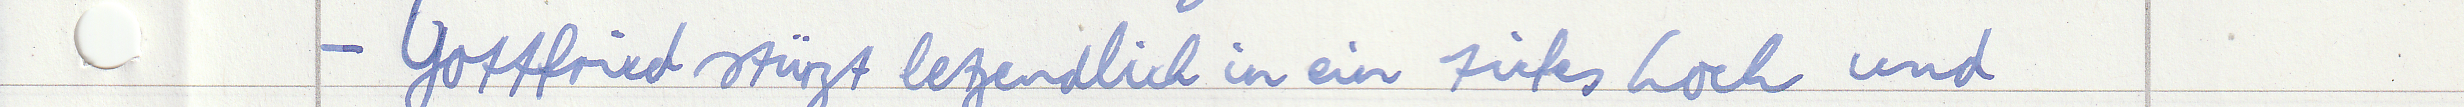
- Gottfried stürzt letzendlich in ein tiefes Loch und